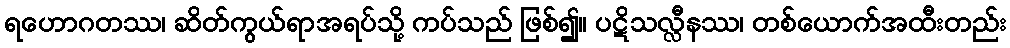
ရဟောဂတဿ၊ ဆိတ်ကွယ်ရာအရပ်သို့ ကပ်သည် ဖြစ်၍။ ပဋိသလ္လီနဿ၊ တစ်ယောက်အထီးတည်း